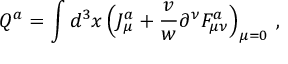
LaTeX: Q ^ { a } = \int d ^ { 3 } x \, \Bigl ( J _ { \mu } ^ { a } + { \frac { v } { w } } \partial ^ { \nu } F _ { \mu \nu } ^ { a } \Bigr ) _ { \mu = 0 } \ ,